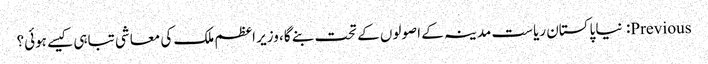
Previous: نیا پاکستان ریاست مدینہ کے اصولوں کے تحت بنے گا، وزیر اعظم ملک کی معاشی تباہی کیسے ہوئی؟